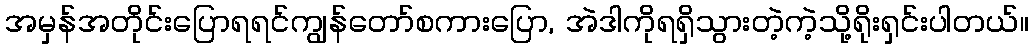
အမှန်အတိုင်းပြောရရင်ကျွန်တော်စကားပြော, အဲဒါကိုရရှိသွားတဲ့ကဲ့သို့ရိုးရှင်းပါတယ်။